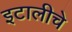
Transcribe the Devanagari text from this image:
इटालीचे